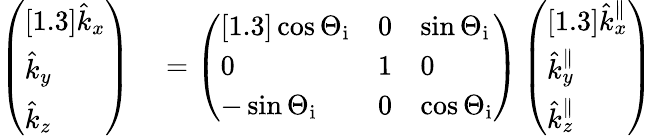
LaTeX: \begin{array}{rl}{\left(\begin{array}{l}{[1.3]\hat{k}_{x}}\\ {\hat{k}_{y}}\\ {\hat{k}_{z}}\end{array}\right)}&{{}=\left(\begin{array}{lll}{[1.3]\cos{\Theta_{\mathrm{i}}}}&{0}&{\sin{\Theta_{\mathrm{i}}}}\\ {0}&{1}&{0}\\ {-\sin{\Theta_{\mathrm{i}}}}&{0}&{\cos{\Theta_{\mathrm{i}}}}\end{array}\right)\left(\begin{array}{l}{[1.3]\hat{k}_{x}^{\parallel}}\\ {\hat{k}_{y}^{\parallel}}\\ {\hat{k}_{z}^{\parallel}}\end{array}\right)}\end{array}